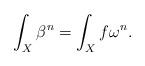
LaTeX: \begin{align*}\int_X \beta^n = \int_X f \omega^n.\end{align*}